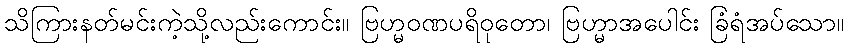
သိကြားနတ်မင်းကဲ့သို့လည်းကောင်း။ ဗြဟ္မဝဏပရိဝုတော၊ ဗြဟ္မာအပေါင်း ခြံရံအပ်သော။